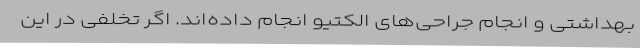
بهداشتی و انجام جراحی‌های الکتیو انجام داده‌اند. اگر تخلفی در این